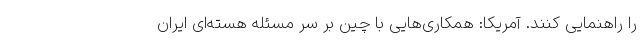
را راهنمایی کنند. آمریکا: همکاری‌هایی با چین بر سر مسئله هسته‌ای ایران